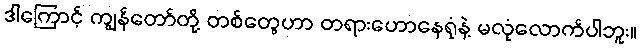
ဒါကြောင့် ကျွန်တော်တို့ တစ်တွေဟာ တရားဟောနေရုံနဲ့ မလုံလောက်ပါဘူး။